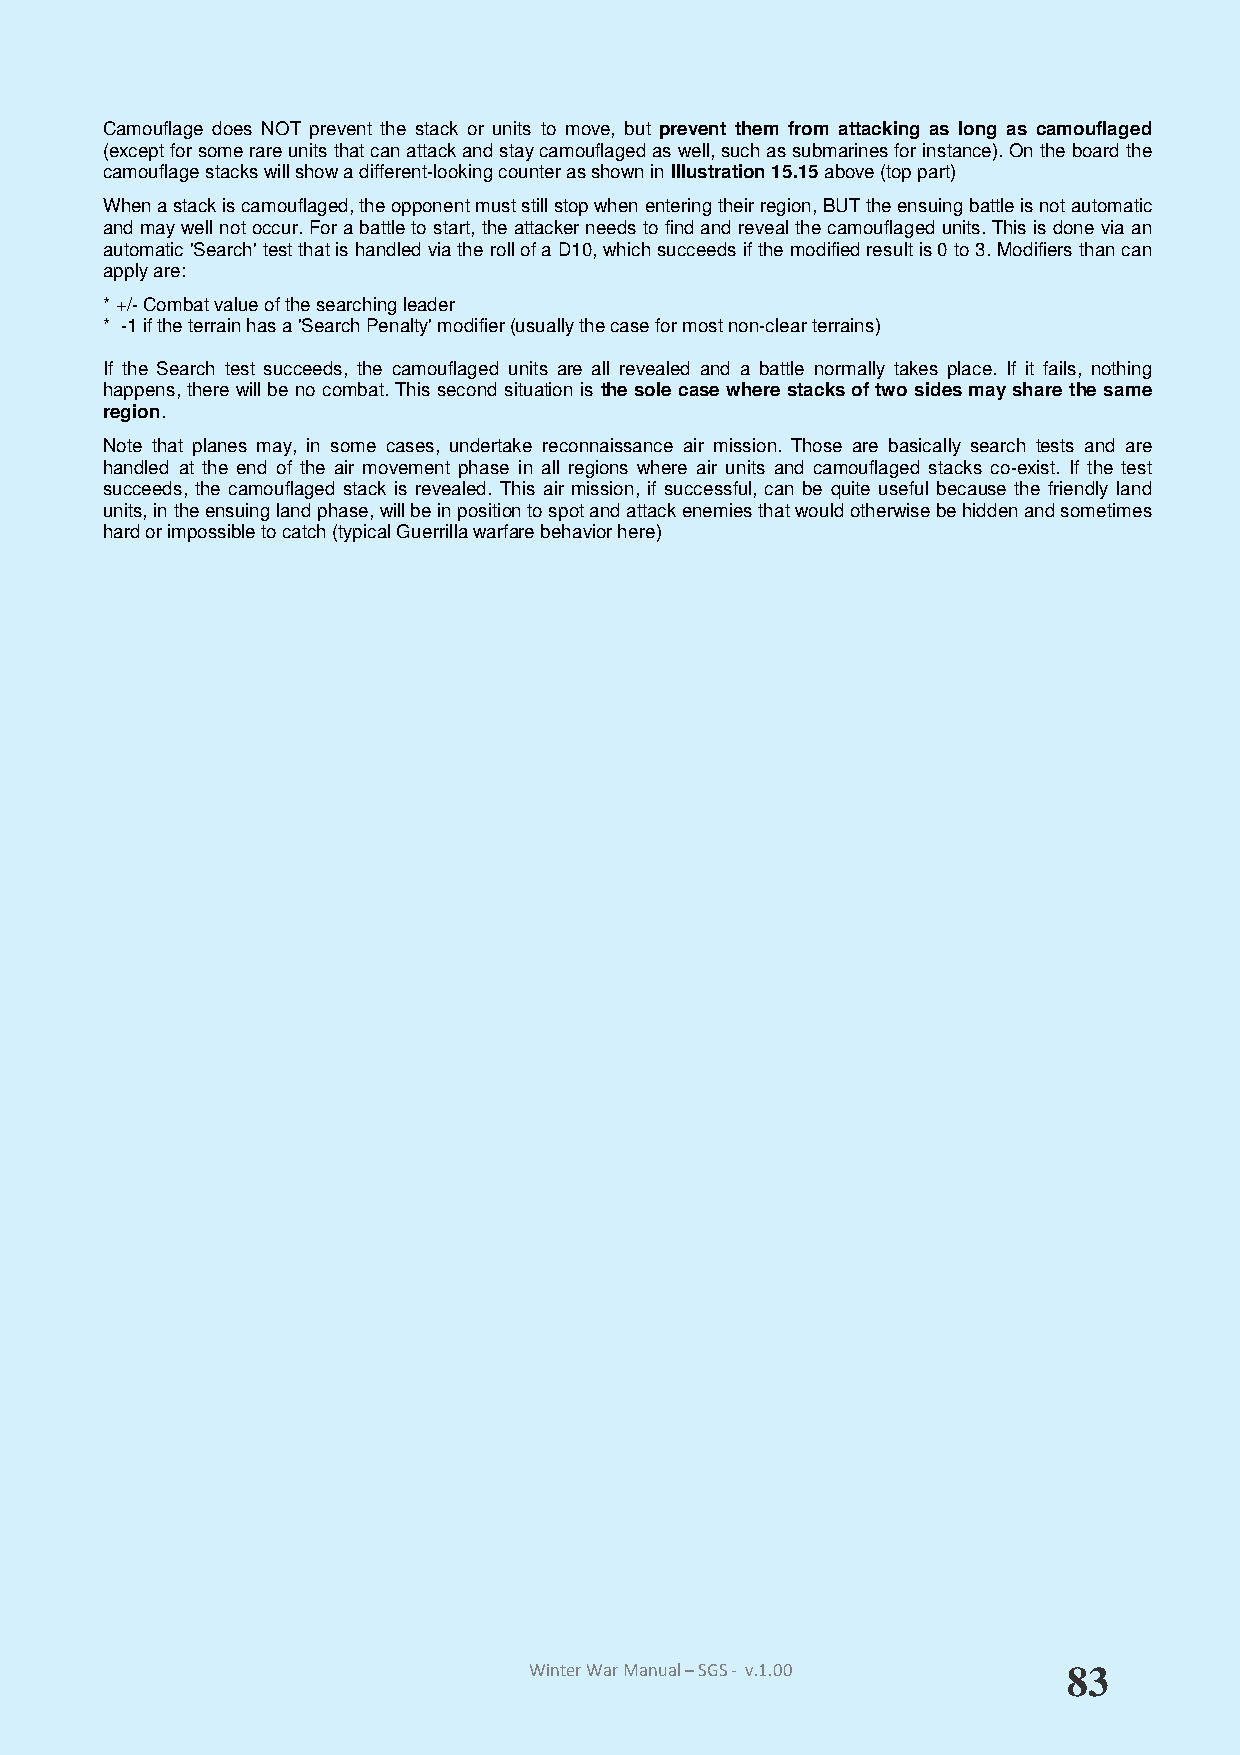
Camouflage does NOT prevent the stack or units to move, but prevent them from attacking as long as camouflaged
 (except for some rare units that can attack and stay camouflaged as well, such as submarines for instance). On the board the
 camouflage stacks will show a different-looking counter as shown in Illustration 15.15 above (top part)
 When a stack is camouflaged, the opponent must still stop when entering their region, BUT the ensuing battle is not automatic
 and may well not occur. For a battle to start, the attacker needs to find and reveal the camouflaged units. This is done via an
 automatic 'Search' test that is handled via the roll of a D10, which succeeds if the modified result is 0 to 3. Modifiers than can
 apply are:
 * +/- Combat value of the searching leader
 * -1 if the terrain has a 'Search Penalty' modifier (usually the case for most non-clear terrains)
 If the Search test succeeds, the camouflaged units are all revealed and a battle normally takes place. If it fails, nothing
 happens, there will be no combat. This second situation is the sole case where stacks of two sides may share the same
 region.
 Note that planes may, in some cases, undertake reconnaissance air mission. Those are basically search tests and are
 handled at the end of the air movement phase in all regions where air units and camouflaged stacks co-exist. If the test
 succeeds, the camouflaged stack is revealed. This air mission, if successful, can be quite useful because the friendly land
 units, in the ensuing land phase, will be in position to spot and attack enemies that would otherwise be hidden and sometimes
 hard or impossible to catch (typical Guerrilla warfare behavior here)
 Winter War Manual – SGS - v.1.00    83